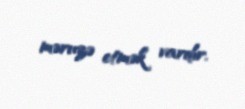
məruzə etmək vardır.